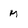
Character: M